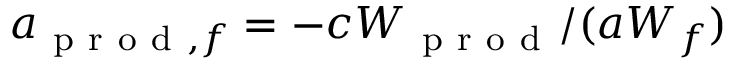
a _ { \mathrm { ~ p ~ r ~ o ~ d ~ } , f } = - c W _ { \mathrm { ~ p ~ r ~ o ~ d ~ } } / ( a W _ { f } )